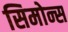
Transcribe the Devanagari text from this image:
सिमोन्स